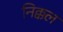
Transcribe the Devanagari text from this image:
निक्कल